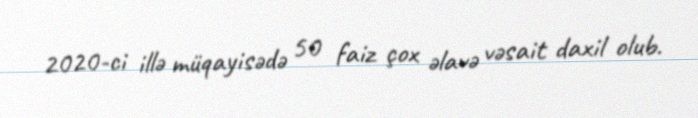
2020-ci illə müqayisədə 50 faiz çox əlavə vəsait daxil olub.